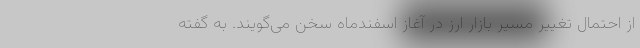
از احتمال تغییر مسیر بازار ارز در آغاز اسفندماه سخن می‌گویند. به گفته